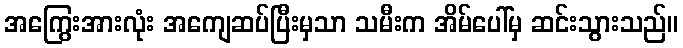
အကြွေးအားလုံး အကျေဆပ်ပြီးမှသာ သမီးက အိမ်ပေါ်မှ ဆင်းသွားသည်။